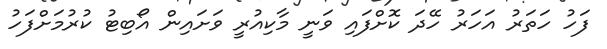
ފަހު ހަތަރު އަހަރު ހޭދަ ކޮށްފައި ވަނީ މާކިއުރީ ވަށައިން އޯބިޓު ކުރުމަށްފަހު